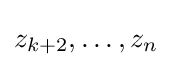
z_{k+2},\dots ,z_{n}